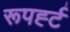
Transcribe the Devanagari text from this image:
रूपर्ह्ट